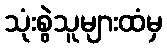
သုံးစွဲသူများထံမှ